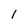
Character: 1